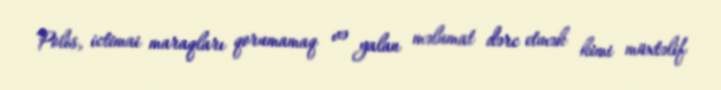
Polis, ictimai maraqları qorumamaq və yalan məlumat dərc etmək kimi müxtəlif